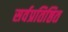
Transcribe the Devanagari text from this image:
सर्वप्रतिष्ठित